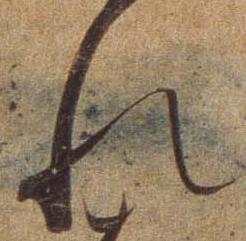
れ